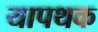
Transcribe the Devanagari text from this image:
यापथक